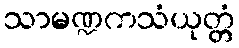
သာမဏ္ဍကသံယုတ္တံ